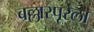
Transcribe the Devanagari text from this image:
बल्लारपूरला